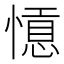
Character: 𢡡